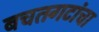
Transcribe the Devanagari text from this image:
बचतगटांचा